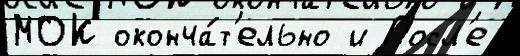
МОК оконча́т'ельно и Посл'е